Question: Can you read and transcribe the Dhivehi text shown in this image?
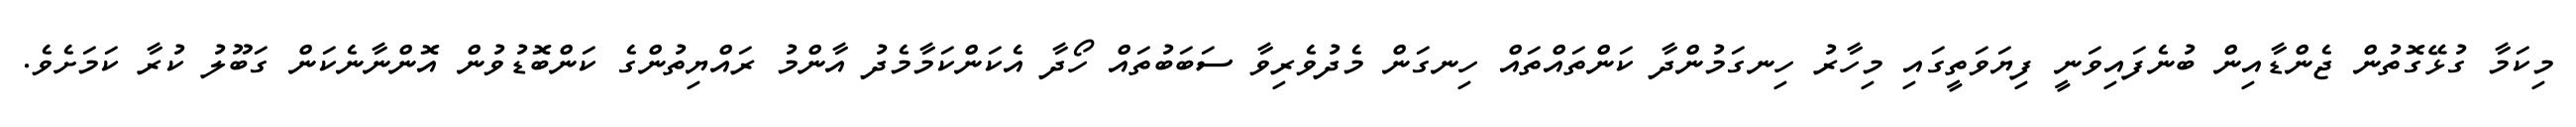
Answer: މިކަމާ ގުޅޭގޮތުން ޖެންޑާއިން ބުނެފައިވަނީ ފިޔަވަތީގައި މިހާރު ހިނގަމުންދާ ކަންތައްތައް ހިނގަން މެދުވެރިވާ ސަބަބުތައް ހޯދާ އެކަންކަމާމެދު އާންމު ރައްޔިތުންގެ ކަންބޮޑުވުން އޮންނާނެކަން ގަބޫލު ކުރާ ކަމަށެވެ.